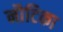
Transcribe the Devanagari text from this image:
नौटिका